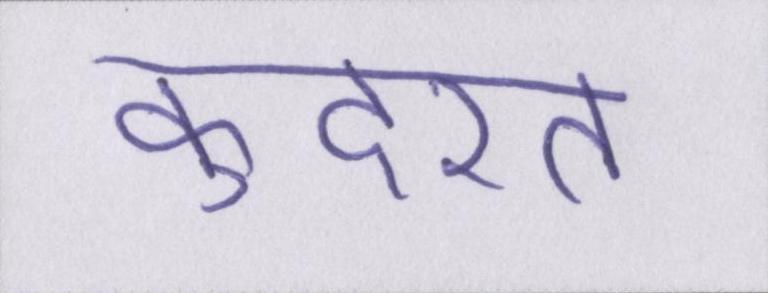
कुदरत